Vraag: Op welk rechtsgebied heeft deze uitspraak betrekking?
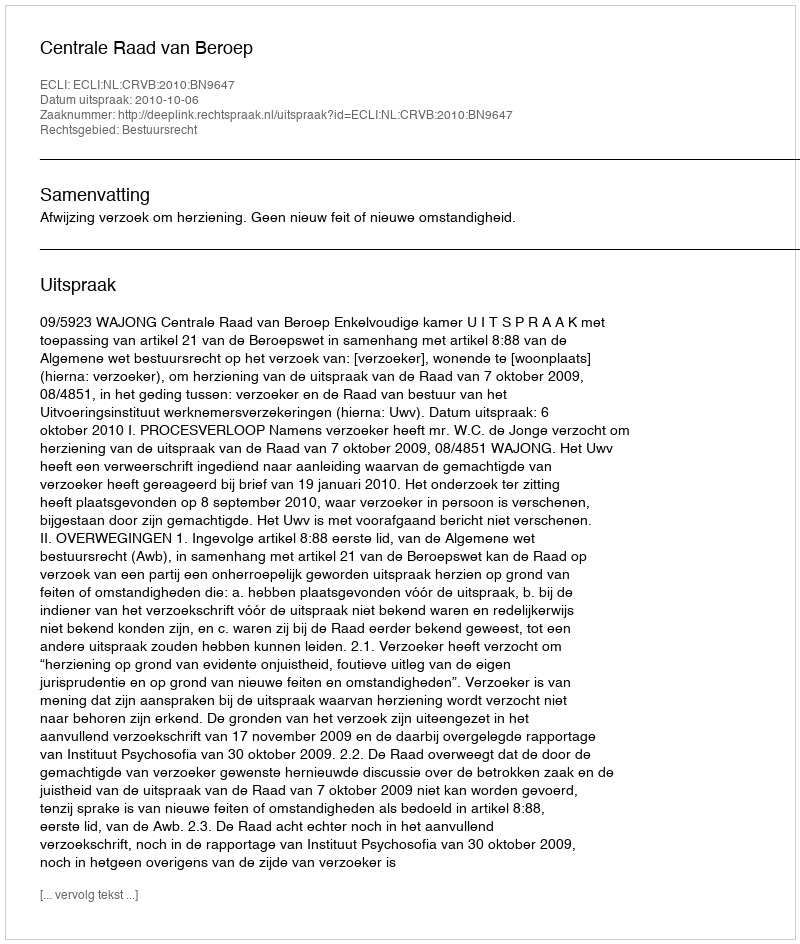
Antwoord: Bestuursrecht